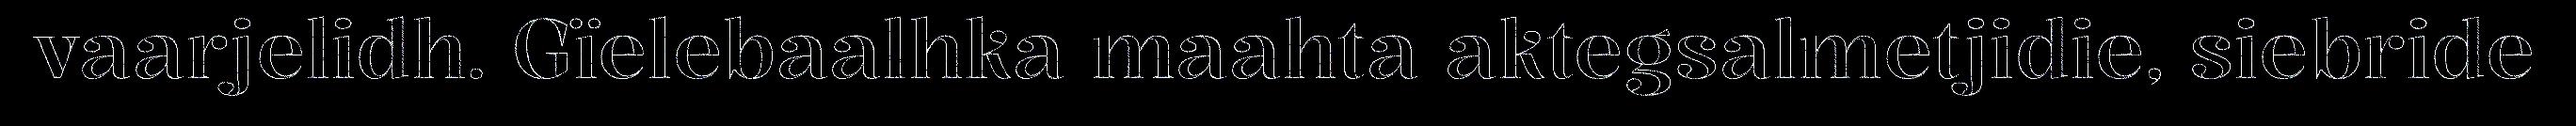
vaarjelidh. Gïelebaalhka maahta aktegsalmetjidie, siebride